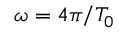
\omega = 4 \pi / T _ { 0 }